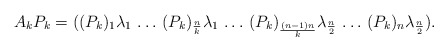
\begin{align*}A_k P_k=( (P_k)_{1}\lambda _{1}\,\ldots \, (P_k)_{\frac{n}{k}} \lambda _{1}\, \ldots \, (P_k)_{\frac{(n-1)n}{k}} \lambda _{\frac{n}{2}} \, \ldots \,(P_k)_{n}\lambda _{\frac{n}{2}}). \end{align*}